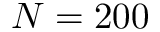
N = 2 0 0